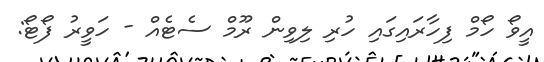
އީވޯ ހޯމް ފިހާރައިގައި ހުރި ލިވިން ރޫމް ސެޓެއް - ހަވީރު ފޯޓޯ: